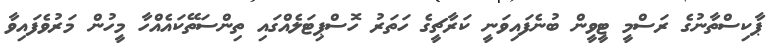
ޕާކިސްތާނުގެ ރަސްމީ ޓީވީން ބުނެފައިވަނީ ކަރާޗީގެ ހަތަރު ހޮސްޕިޓަލެއްގައި ތިންސަތޭކައެއްހާ މީހުން މަރުވެފައިވާ